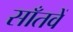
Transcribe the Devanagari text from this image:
साँतवें